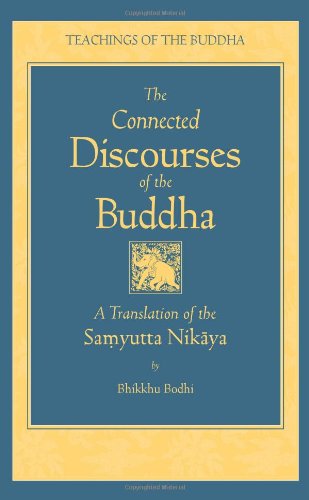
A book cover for The Connected Discourses of the Buddha: A Translation of the Samyutta Nikaya; Literature & Fiction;